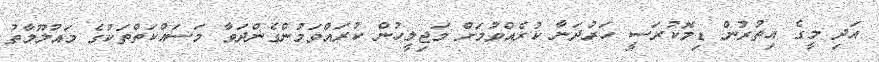
އަދި މީގެ އިތުރުން ޑިމޮކުރަސީ ހަރުދަނާ ކުރެއްވުމަށް މަޖިލީހުން ކުރައްވަމުންގެންދަވާ މަސައްކަތްތަކުގެ މައުލޫމާތު